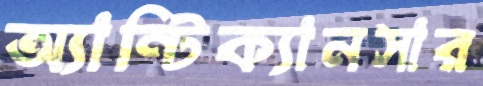
অ্যান্টিক্যানসার